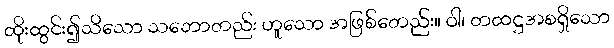
ထိုးထွင်း၍သိသော သဘောတည်း ဟူသော အဖြစ်တေည်း။ ဝါ၊ တထဋ္ဌအစရှိသော